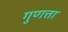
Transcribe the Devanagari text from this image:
गुणत्ता